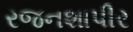
રજનશાપીર